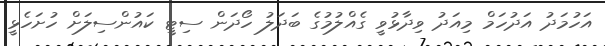
އަހުމަދު އަދުހަމް މިއަދު ވިދާޅުވީ ގެއްލުމުގެ ބަދަލު ހޯދަން ސިޓީ ކައުންސިލަށް ހުށަހެޅީ